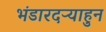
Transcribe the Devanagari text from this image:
भंडारदऱ्याहुन